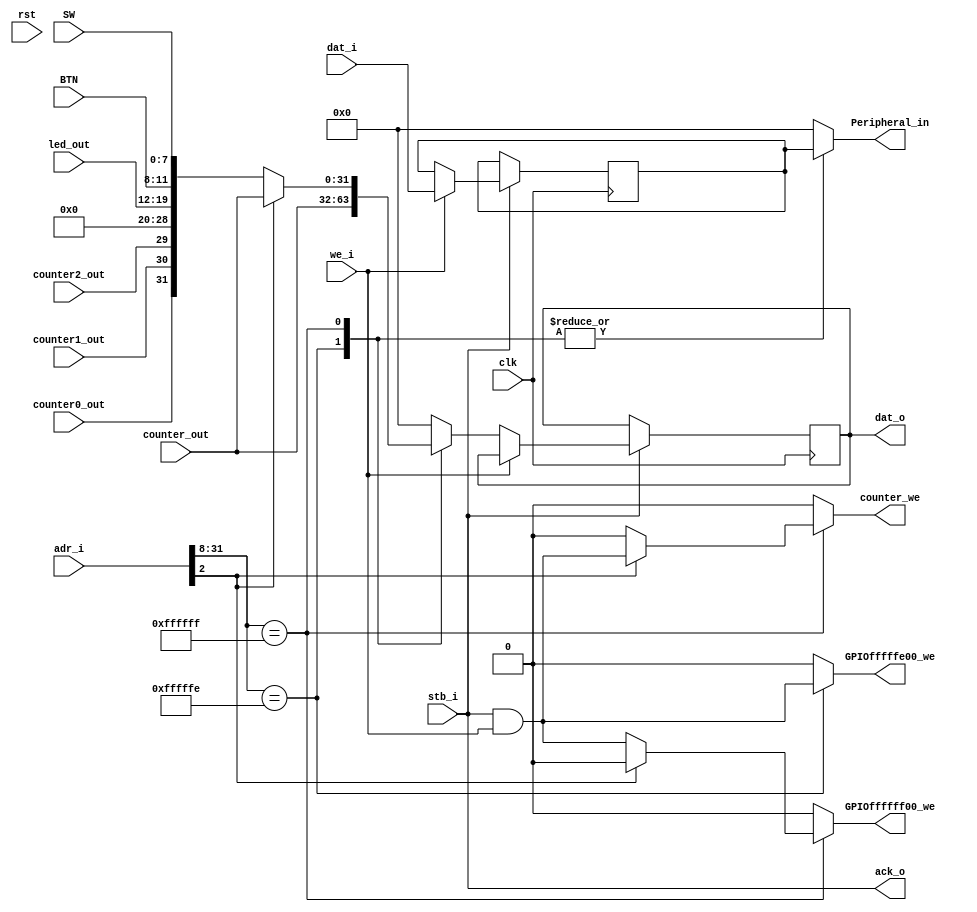
module MIO_BUS(	
				//cpu_read_write
				//wb_input
				dat_i, 
				adr_i, 
				we_i,
				stb_i,
				//wb_output
				dat_o, 				
				ack_o,

				clk,
				rst,
				BTN,
				SW,
				//vga_rdn,
				//ps2_ready,
				//mem_w,
				//key,
				//Cpu_data2bus, 		// Data from CPU
				//adr_i,
				//vga_addr,
				//ram_data_out,
				//vram_out,
				led_out,
				counter_out,
				counter0_out,
				counter1_out,
				counter2_out,

				//CPU_wait,
				//Cpu_data4bus, 		// Data write to CPU
				//ram_data_in, 		// From CPU write to Memory
				//ram_addr, 			// Memory Address signals
				//vram_data_in, 		// From CPU write to Vram Memory
				//vram_addr, 			// Vram Address signals
				//data_ram_we,
				//vram_we,
				GPIOffffff00_we,
				GPIOfffffe00_we,
				counter_we,
				//ps2_rd,
				Peripheral_in
				);
	//cpu_read_write		
	//wb interface
	input wire [31:0] dat_i;
	input wire [31:0] adr_i;
	input wire we_i;
	input wire stb_i;
	output reg [31:0] dat_o = 0;
	output ack_o;

	//input  wire 		clk, rst, ps2_ready, mem_w, vga_rdn;
	input  wire 		clk, rst;
	input  wire			counter0_out, counter1_out, counter2_out;
	input  wire	[ 3: 0] BTN;
	//input  wire	[ 7: 0] SW, led_out, key;
	input  wire	[ 7: 0] SW, led_out;
	//input  wire	[10: 0] vram_out;	
	//input  wire	[12: 0] vga_addr;
	//input  wire	[31: 0] Cpu_data2bus, ram_data_out, adr_i, counter_out;
	input  wire	[31: 0] counter_out;

	//output wire	[12: 0] vram_addr;	
	//output wire			CPU_wait, vram_we;
	//output reg 			data_ram_we, GPIOfffffe00_we, GPIOffffff00_we, counter_we, ps2_rd;
	output reg 				GPIOfffffe00_we, GPIOffffff00_we, counter_we;
	//output reg	[31: 0] Cpu_data4bus, ram_data_in, Peripheral_in;
	output reg	[31: 0] Peripheral_in;
	//output reg	[11: 0] ram_addr;
	//output reg	[10: 0] vram_data_in;



	wire 				counter_over;
	reg 	[31: 0] 	Cpu_data2bus, Cpu_data4bus;
	wire					wea;
	//reg 				vram_write,vram;
	//reg 				ready;
	//reg 		[12: 0] cpu_vram_addr;


	//assign CPU_wait 	= vram ? vga_rdn && ready : 1'b1; // ~vram &&
	//always@(posedge clk or posedge rst)
	//	if( rst ) 
	//		ready <= 1; 
	//	else 
	//		ready <= vga_rdn;

	//assign vram_we 	 	= vga_rdn && vram_write; //CPU_wait &
	//assign vram_addr 	= ~vga_rdn? vga_addr : cpu_vram_addr;

	assign ack_o = stb_i;
	//wire MIO_wr;
	//assign MIO_wr = stb_i && ack_o;
	assign wea = stb_i & ack_o & we_i;
	always @(posedge clk) begin
		if(stb_i & ack_o) begin
			if(we_i) begin //write
				Cpu_data2bus <= dat_i;
			end
			else begin //read
				dat_o <= Cpu_data4bus;
			end
		end
	end

	//RAM & IO decode signals:
	always @* begin
		//vram 						= 0;
		//data_ram_we  				= 0;
		//vram_write  				= 0;
		counter_we  				= 0;
		GPIOffffff00_we 			= 0;
		GPIOfffffe00_we 			= 0;
		//ps2_rd 						= 0;
		//ram_addr   					= 12'h0;
		//cpu_vram_addr 				= 13'h0;
		//ram_data_in  				= 32'h0;
		//vram_data_in 				= 31'h0;
		Peripheral_in 				= 32'h0;
		Cpu_data4bus 				= 32'h0;

		casex(adr_i[31:8])
			//24'h0000xx: begin // data_ram (00000000 - 0000ffff(00000ffc), actually lower 4KB RAM)
			//	data_ram_we 		= mem_w;
			//	ram_addr 			= adr_i[13:2];
			//	ram_data_in 		= Cpu_data2bus;
			//	Cpu_data4bus 		= ram_data_out;
			//end

			//24'h000cxx: begin // Vram (000c0000 - 000cffff(000012c0), actually lower 4800 * 11bit VRAM)
			//	vram_write 			= mem_w;
			//	vram 				= 1;
			//	cpu_vram_addr 		= adr_i[14:2];
			//	vram_data_in 		= Cpu_data2bus[31:0];
			//	Cpu_data4bus 		= vga_rdn? {21'h0, vram_out[10:0]} : 32'hx;
			//end

			//24'hffffdx: begin // PS2 (ffffd000 ~ ffffdfff)
			//	ps2_rd  			= ~mem_w;
			//	Peripheral_in   	= Cpu_data2bus; //write NU
			//	Cpu_data4bus  		= {23'h0, ps2_ready, key}; //read from PS2;
			//end

			24'hfffffe: begin // 7 Segement LEDs (fffffe00 - fffffeff, 4 7-seg display)
				GPIOfffffe00_we 	= wea;
				Peripheral_in 		= Cpu_data2bus;
				Cpu_data4bus 		= counter_out; //read from Counter
			end

			24'hffffff: begin // LED (ffffff00-ffffffff0,8 LEDs & counter, ffffff04-fffffff4)
				if( adr_i[2] ) begin //ffffff04 for addr of counter
					counter_we 		= wea;
					Peripheral_in 	= Cpu_data2bus; //write Counter Value
					Cpu_data4bus 	= counter_out; //read from Counter;
				end
				else begin 		// ffffff00
					GPIOffffff00_we = wea;
					Peripheral_in 	= Cpu_data2bus; //write Counter set & Initialization and light LED
					Cpu_data4bus 	= {counter0_out, counter1_out, counter2_out, 9'h000, led_out, BTN, SW};
				end
	 		end
	 	endcase
	end // always end

endmodule